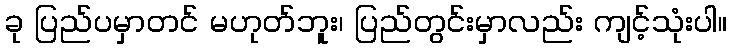
ခု ပြည်ပမှာတင် မဟုတ်ဘူး၊ ပြည်တွင်းမှာလည်း ကျင့်သုံးပါ။